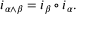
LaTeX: i _ { \alpha \wedge \beta } = i _ { \beta } \circ i _ { \alpha } .